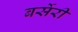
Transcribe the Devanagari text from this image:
बर्सेरी